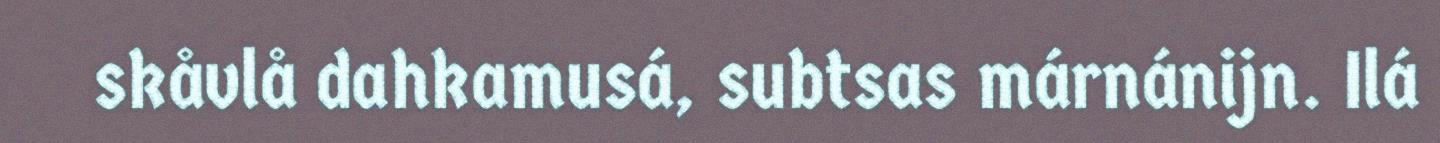
skåvlå dahkamusá, subtsas márnánijn. Ilá